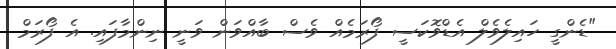
"ޑެންގީ ހައިލެވެލް އެޑްވޮކަސީ ފޯރަމެއް ވެސް ބާއްވަން ވަނީ ނިންމާފައި. އެ ފޯރަމް